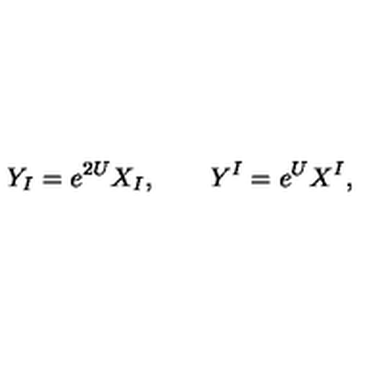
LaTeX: Y _ { I } = e ^ { 2 U } X _ { I } , \qquad Y ^ { I } = e ^ { U } X ^ { I } ,